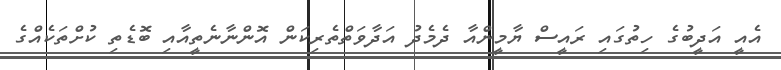
އެއީ އަދީބުގެ ހިތުގައި ރައީސް ޔާމީންއާ ދެމެދު އަދާވަތްތެރިކަން އޮންނާނެތީއާއި ބޮޑެތި ކުށްތަކެއްގެ